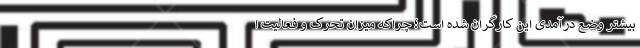
بیشتر وضع درآمدی این کارگران شده است؛ چراکه میزان تحرک و فعالیت ا